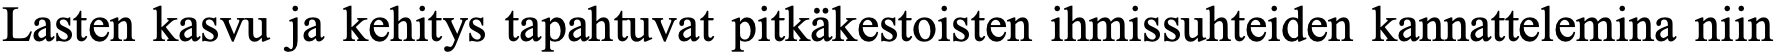
Lasten kasvu ja kehitys tapahtuvat pitkäkestoisten ihmissuhteiden kannattelemina niin